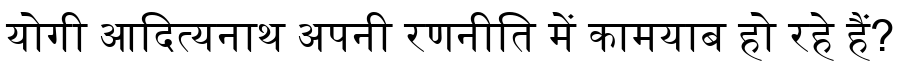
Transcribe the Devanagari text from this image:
योगी आदित्यनाथ अपनी रणनीति में कामयाब हो रहे हैं?